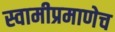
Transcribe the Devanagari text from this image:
स्वामीप्रमाणेच